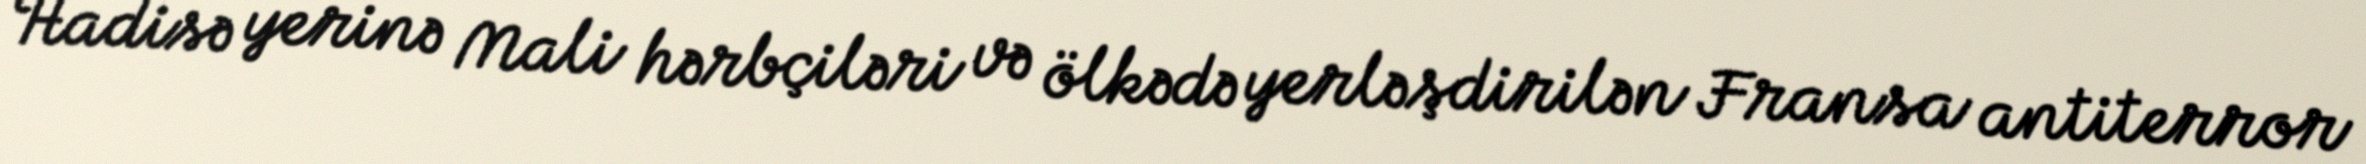
Hadisə yerinə Mali hərbçiləri və ölkədə yerləşdirilən Fransa antiterror